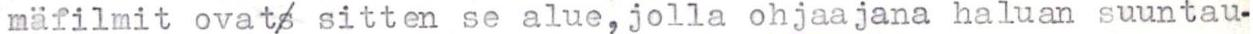
mäfilmit ovats sitten se alue,jolla ohjaajana haluan suuntau-